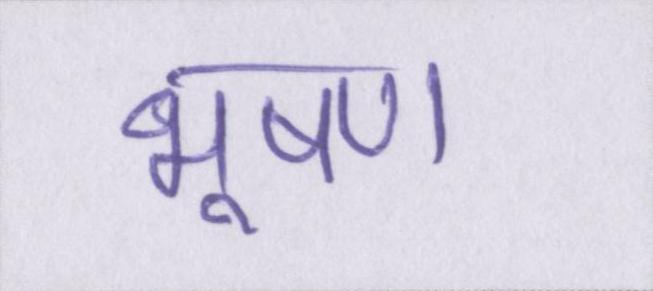
भूषण